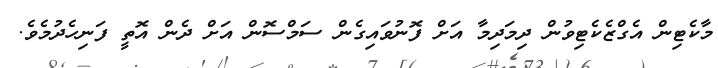
މާކެޓިން އެގްޒެކެޓިވުން ދިމަދިމާ އަށް ފޮނުވައިގެން ސަމްސޮން އަށް ދެން އޮތީ ފަނިހެދުމެވެ.